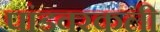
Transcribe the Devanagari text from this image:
पांडवरकली